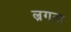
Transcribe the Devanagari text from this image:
ल्रगता